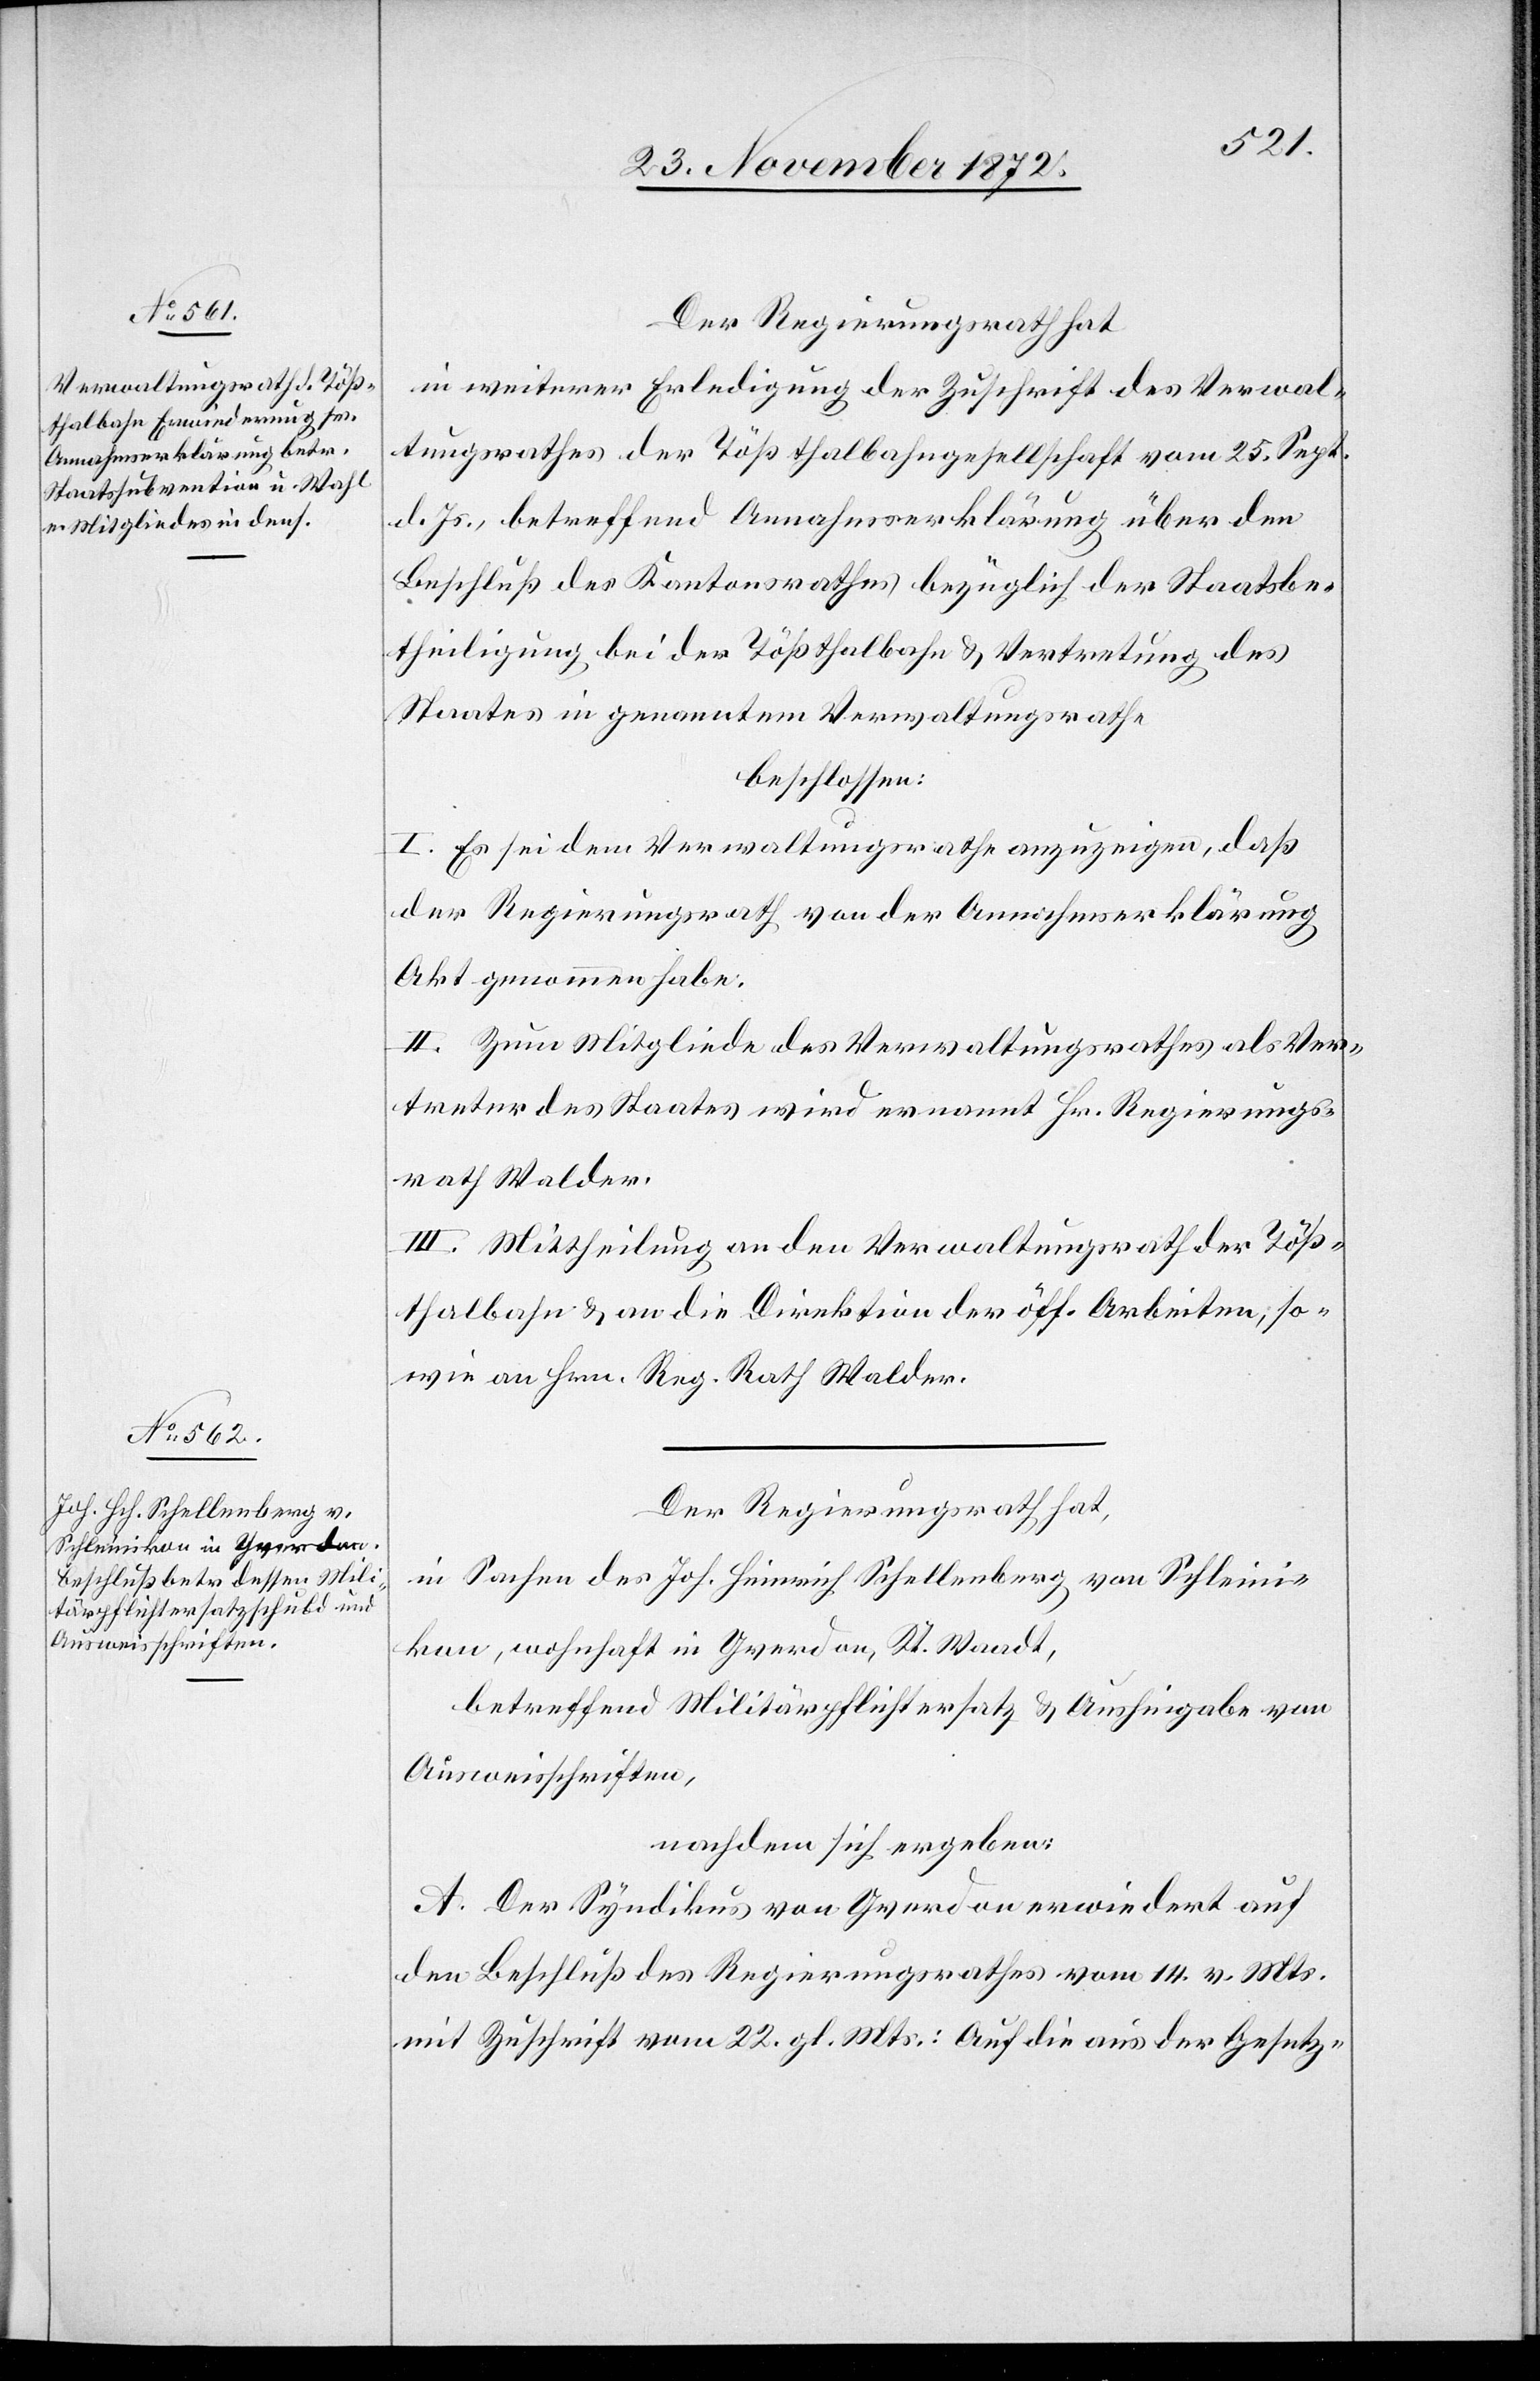
Der Regierungsrath hat
in weiterer Erledigung der Zuschrift des Verwal¬
tungsrathes der Tößthalbahngesellschaft vom 25. Sept.
d. Js., betreffend Annahmserklärung über den
Beschluß des Kantonsrathes bezüglich der Staatsbe¬
theiligung bei der Tößthalbahn u. Vertretung des
Staates in genanntem Verwaltungsrathe
beschlossen:
I. Es sei dem Verwaltungsrathe anzuzeigen, daß
der Regierungsrath von der Annahmserklärung
Akt genommen habe.
II. Zum Mitgliede des Verwaltungsrathes als Ver¬
treter des Staates wird ernannt Hr. Regierungs¬
rath Walder.
III. Mittheilung an den Verwaltungsrath der Töß¬
thalbahn u. an die Direktion der öff. Arbeiten, so¬
wie an Hrn. Reg. Rath Walder.
Der Regierungsrath hat,
in Sachen des Joh. Heinrich Schellenberg von Schleini¬
kon, wohnhaft in Yverdon, Kt. Waadt,
betreffend Militärpflichtersatz u. Aushingabe von
Ausweisschriften,
nachdem sich ergeben:
A. Der Syndikus von Yverdon erwiedert auf
den Beschluß des Regierungsrathes vom 14. v. Mts.
mit Zuschrift vom 22. gl. Mts.: Auf die aus der Gesetz-